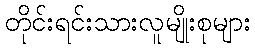
တိုင်းရင်းသားလူမျိုးစုများ